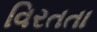
વિરતતા